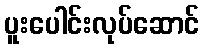
ပူးပေါင်းလုပ်ဆောင်